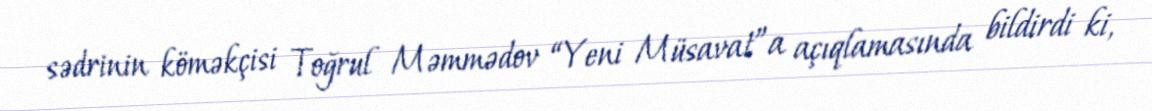
sədrinin köməkçisi Toğrul Məmmədov “Yeni Müsavat”a açıqlamasında bildirdi ki,